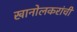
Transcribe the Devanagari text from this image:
खानोलकरांची